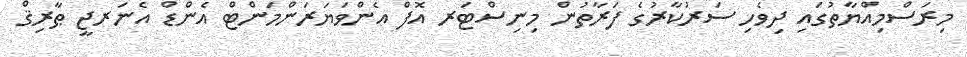
މިރަސްމިއްޔާތުގައި ދިވެހި ސަރުކާރުގެ ފަރާތުން މިނިސްޓަރ އޮފް އެންވަޔަރަންމަންޓް އެންޑް އެނަރޖީ ޠާރިޤް